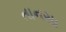
તાનસા